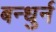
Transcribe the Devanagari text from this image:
बन्धुर्न